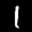
Label: 1